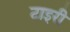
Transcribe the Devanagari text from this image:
टाइरी